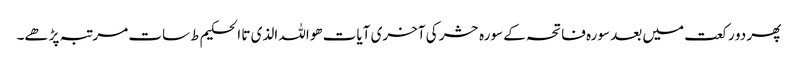
پھر دو رکعت میں بعد سورہ فاتحہ کے سورہ حشر کی آخری آیات ھواللہ الذی تا الحکیم ط سات مرتبہ پڑھے۔